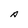
Character: A